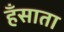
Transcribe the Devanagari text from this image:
हँसाता